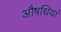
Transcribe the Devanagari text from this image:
औषधियां